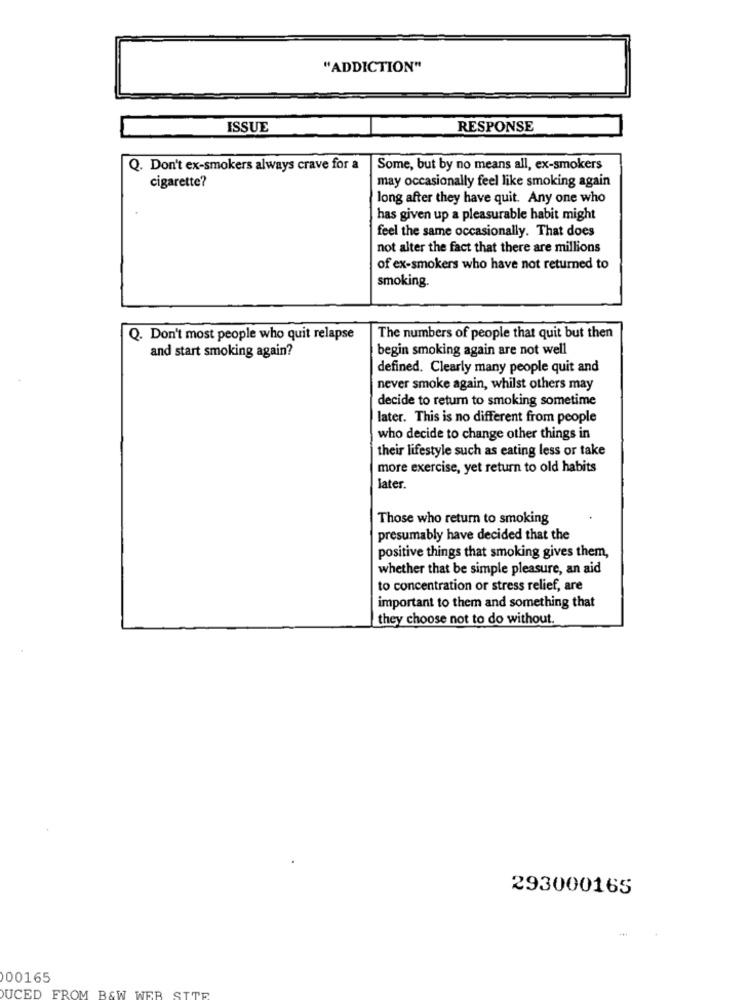
"ADDICTION"
ISSUE
RESPONSE
Q. Don't ex-smokers always crave for a
Some, but by no means all, ex-smokers
cigarette?
may occasionally feel like smoking again
long after they have quit. Any one who
has given up a pleasurable habit might
feel the same occasionally. That does
not alter the fact that there are millions
of ex-smokers who have not returned to
smoking.
Q. Don't most people who quit relapse
The numbers of people that quit but then
begin smoking again are not well
and start smoking again?
defined. Clearly many people quit and
never smoke again, whilst others may
decide to retum to smoking sometime
later. This is no different from people
who decide to change other things in
their lifestyle such as eating less or take
more exercise, yet return to old habits
later.
Those who return to smoking
presumably have decided that the
positive things that smoking gives them,
whether that be simple pleasure, an aid
to concentration or stress relief, are
important to them and something that
they choose not to do without.
293000165
000165
WER
SITE
DUCED FROM B&W W